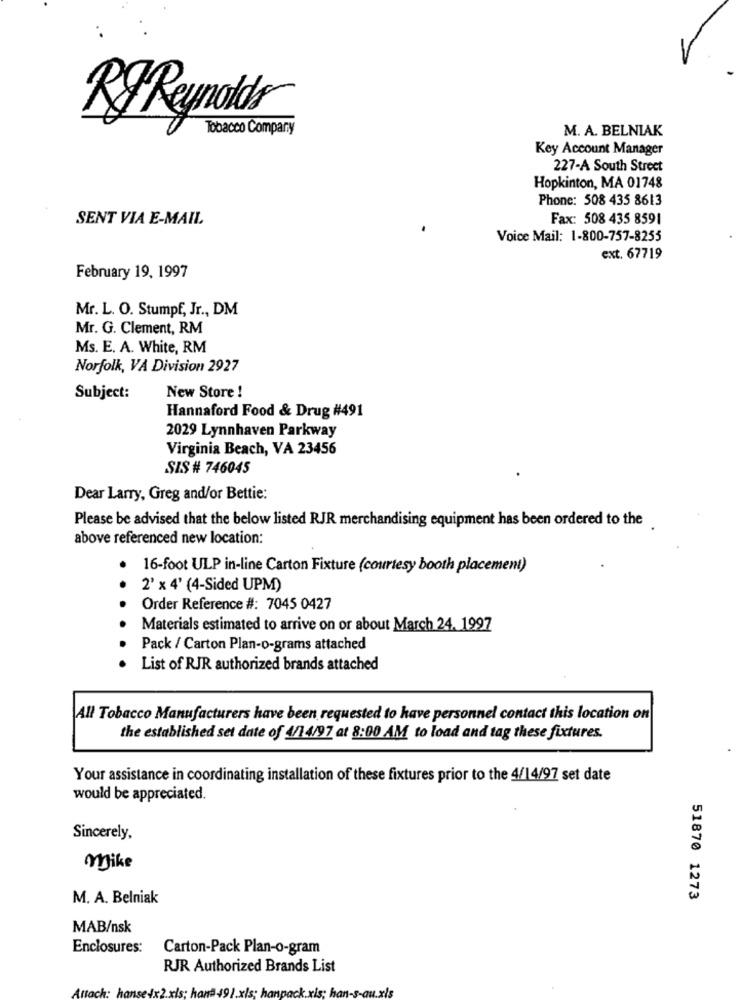
R Reynolds
Tobacco Company
M. A. BELNIAK
Key Account Manager
227-A South Street
Hopkinton, MA 01748
Phone: 508 435 8613
SENT VIA E-MAIL
Fax: 508 435 8591
Voice Mail: 1-800-757-8255
ext. 67719
February 19, 1997
Mr. L. O. Stumpf, Jr ., DM
Mr. G. Clement, RM
Ms. E. A. White, RM
Norfolk, VA Division 2927
New Store !
Subject:
Hannaford Food & Drug #491
2029 Lynnhaven Parkway
Virginia Beach, VA 23456
SIS # 746045
Dear Larry, Greg and/or Bettie:
Please be advised that the below listed RJR merchandising equipment has been ordered to the
above referenced new location:
16-foot ULP in-line Carton Fixture (courtesy booth placement)
2' x 4' (4-Sided UPM)
Order Reference #: 7045 0427
Materials estimated to arrive on or about March 24. 1997
Pack / Carton Plan-o-grams attached
List of RJR authorized brands attached
All Tobacco Manufacturers have been requested to have personnel contact this location on
the established set date of 4/14/97 at 8:00 AM to load and tag these fixtures.
Your assistance in coordinating installation of these fixtures prior to the 4/14/97 set date
would be appreciated.
Sincerely,
Mike
M. A. Belniak
51870 1273
MAB/nsk
Enclosures:
Carton-Pack Plan-o-gram
RJR Authorized Brands List
Åttac
han#491.xls:
xis; han-s-au.xls